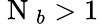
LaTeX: \mathrm{~N~}_{b}>1